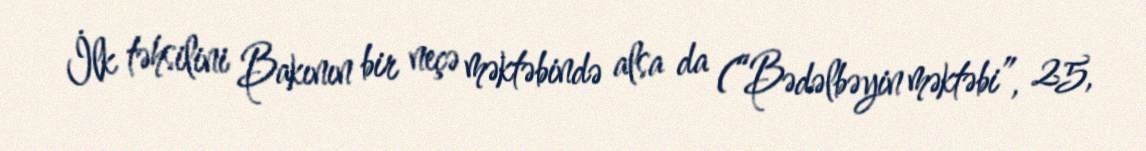
İlk təhsilini Bakının bir neçə məktəbində alsa da (“Bədəlbəyin məktəbi”, 25,